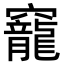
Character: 竉